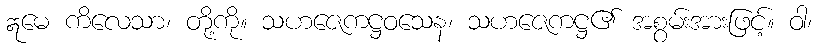
ဣမေ ကိလေသာ၊ တို့ကို။ သဟဇေကဋ္ဌဝသေန၊ သဟဇေကဋ္ဌ၏ အစွမ်းအားဖြင့်။ ဝါ၊